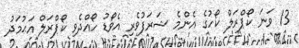
13 ވަނަ ކޯޕްރަލް ކޯހުގެ އެންމެ ޝަރަފުވެރި އެވޯޑު ހޯއްދެވި ކޯޕްރަލް އަޙުމަދު